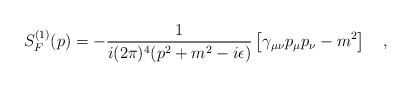
\begin{align*}S_F^{(1)} ( p ) = -\frac{1}{i(2\pi)^4 (p^2 +m^2 -i\epsilon)} \left [\gamma_{\mu\nu} p_\mu p_\nu - m^2 \right ]\quad,\end{align*}